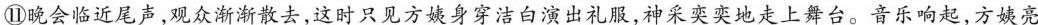
⑪晚会临近尾声，观众渐渐散去，这时只见方姨身穿洁白演出礼服，神采奕奕地走上舞台。音乐响起，方姨亮